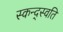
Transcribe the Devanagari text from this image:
स्कन्द्स्वति